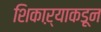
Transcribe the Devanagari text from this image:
शिकाऱ्याकडून